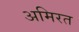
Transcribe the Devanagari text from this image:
अमिरत